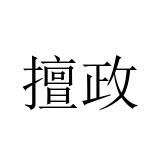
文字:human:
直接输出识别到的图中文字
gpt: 擅政